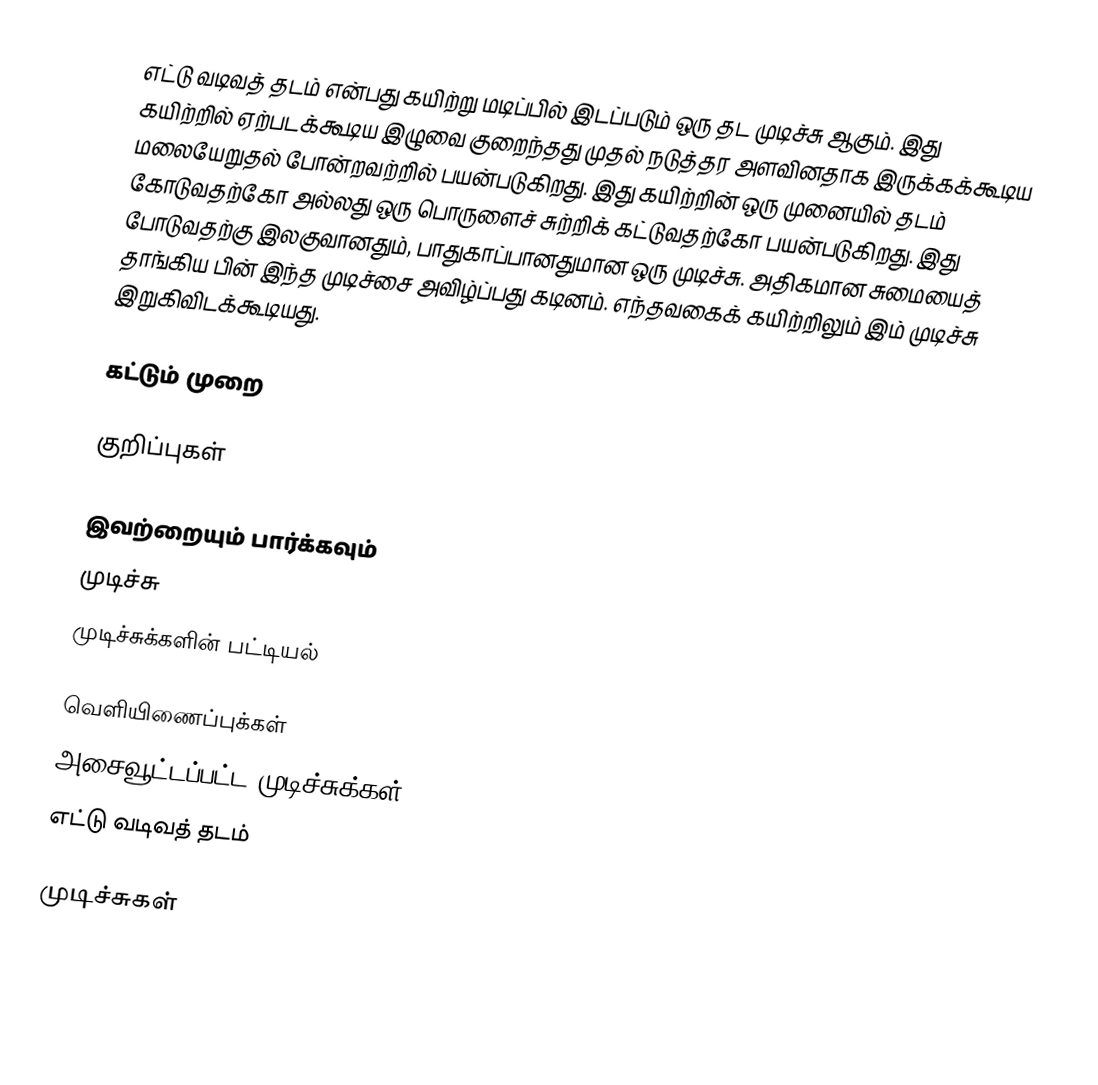
எட்டு வடிவத் தடம் என்பது கயிற்று மடிப்பில் இடப்படும் ஒரு தட முடிச்சு ஆகும். இது கயிற்றில் ஏற்படக்கூடிய இழுவை குறைந்தது முதல் நடுத்தர அளவினதாக இருக்கக்கூடிய மலையேறுதல் போன்றவற்றில் பயன்படுகிறது. இது கயிற்றின் ஒரு முனையில் தடம் கோடுவதற்கோ அல்லது ஒரு பொருளைச் சுற்றிக் கட்டுவதற்கோ பயன்படுகிறது. இது போடுவதற்கு இலகுவானதும், பாதுகாப்பானதுமான ஒரு முடிச்சு. அதிகமான சுமையைத் தாங்கிய பின் இந்த முடிச்சை அவிழ்ப்பது கடினம். எந்தவகைக் கயிற்றிலும் இம் முடிச்சு இறுகிவிடக்கூடியது.

கட்டும் முறை

குறிப்புகள்

இவற்றையும் பார்க்கவும்
 முடிச்சு
 முடிச்சுக்களின் பட்டியல்

வெளியிணைப்புக்கள்
 அசைவூட்டப்பட்ட முடிச்சுக்கள்:
 எட்டு வடிவத் தடம்

முடிச்சுகள்